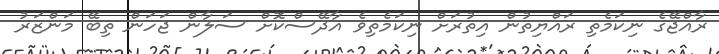
ރާއްޖޭގެ ނިކަމެތި ރައްޔިތުން އިތުރަށް ނިކަމެތިވެ އާދޭސްކޮށް ސަލާން ޖަހަން ތިބޭ މަންޒަރު